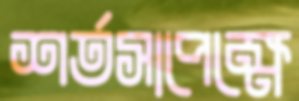
শর্তসাপেক্ষে